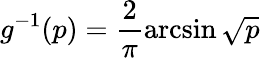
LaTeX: g^{-1}(p)=\frac{2}{\pi}\arcsin\sqrt{p}